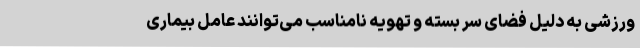
ورزشی به دلیل فضای سر بسته و تهویه نامناسب می‌توانند عامل بیماری